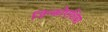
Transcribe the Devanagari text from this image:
जिन्कोएशिया